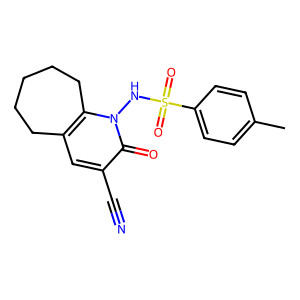
SMILES: Cc1ccc(S(=O)(=O)Nn2c3c(cc(C#N)c2=O)CCCCC3)cc1
Inhibits HIV replication: No